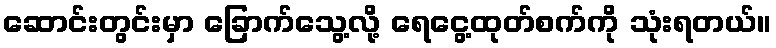
ဆောင်းတွင်းမှာ ခြောက်သွေ့လို့ ရေငွေ့ထုတ်စက်ကို သုံးရတယ်။